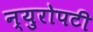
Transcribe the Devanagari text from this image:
न्युरोपटी